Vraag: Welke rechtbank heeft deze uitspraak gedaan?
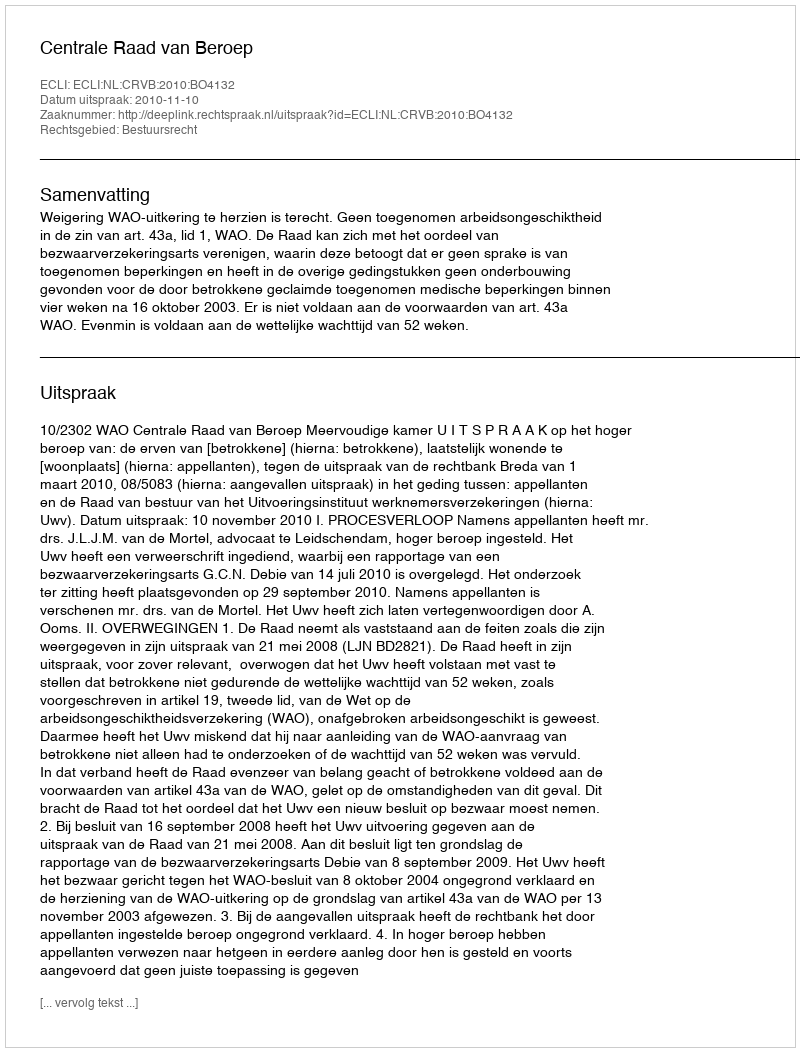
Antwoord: Centrale Raad van Beroep